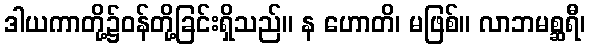
ဒါယကာတို့၌ဝန်တို့ခြင်းရှိသည်။ န ဟောတိ၊ မဖြစ်။ လာဘမစ္ဆရီ၊